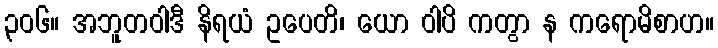
၃၀၆။ အဘူတဝါဒီ နိရယံ ဥပေတိ၊ ယော ဝါပိ ကတွာ န ကရောမိစာဟ။